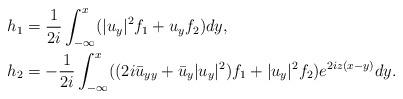
LaTeX: \begin{align*}&h_{1 }=\frac{1}{2i} \int_{-\infty}^{x} (|u_y|^2 f_1+u_yf_2)dy,\\&h_{2 }=- \frac{1}{2i} \int_{-\infty}^{x} ((2i \bar{u}_{yy}+\bar{u}_y|u_y|^2)f_1+|u_y|^2 f_2)e^{2iz(x-y)}dy.\end{align*}